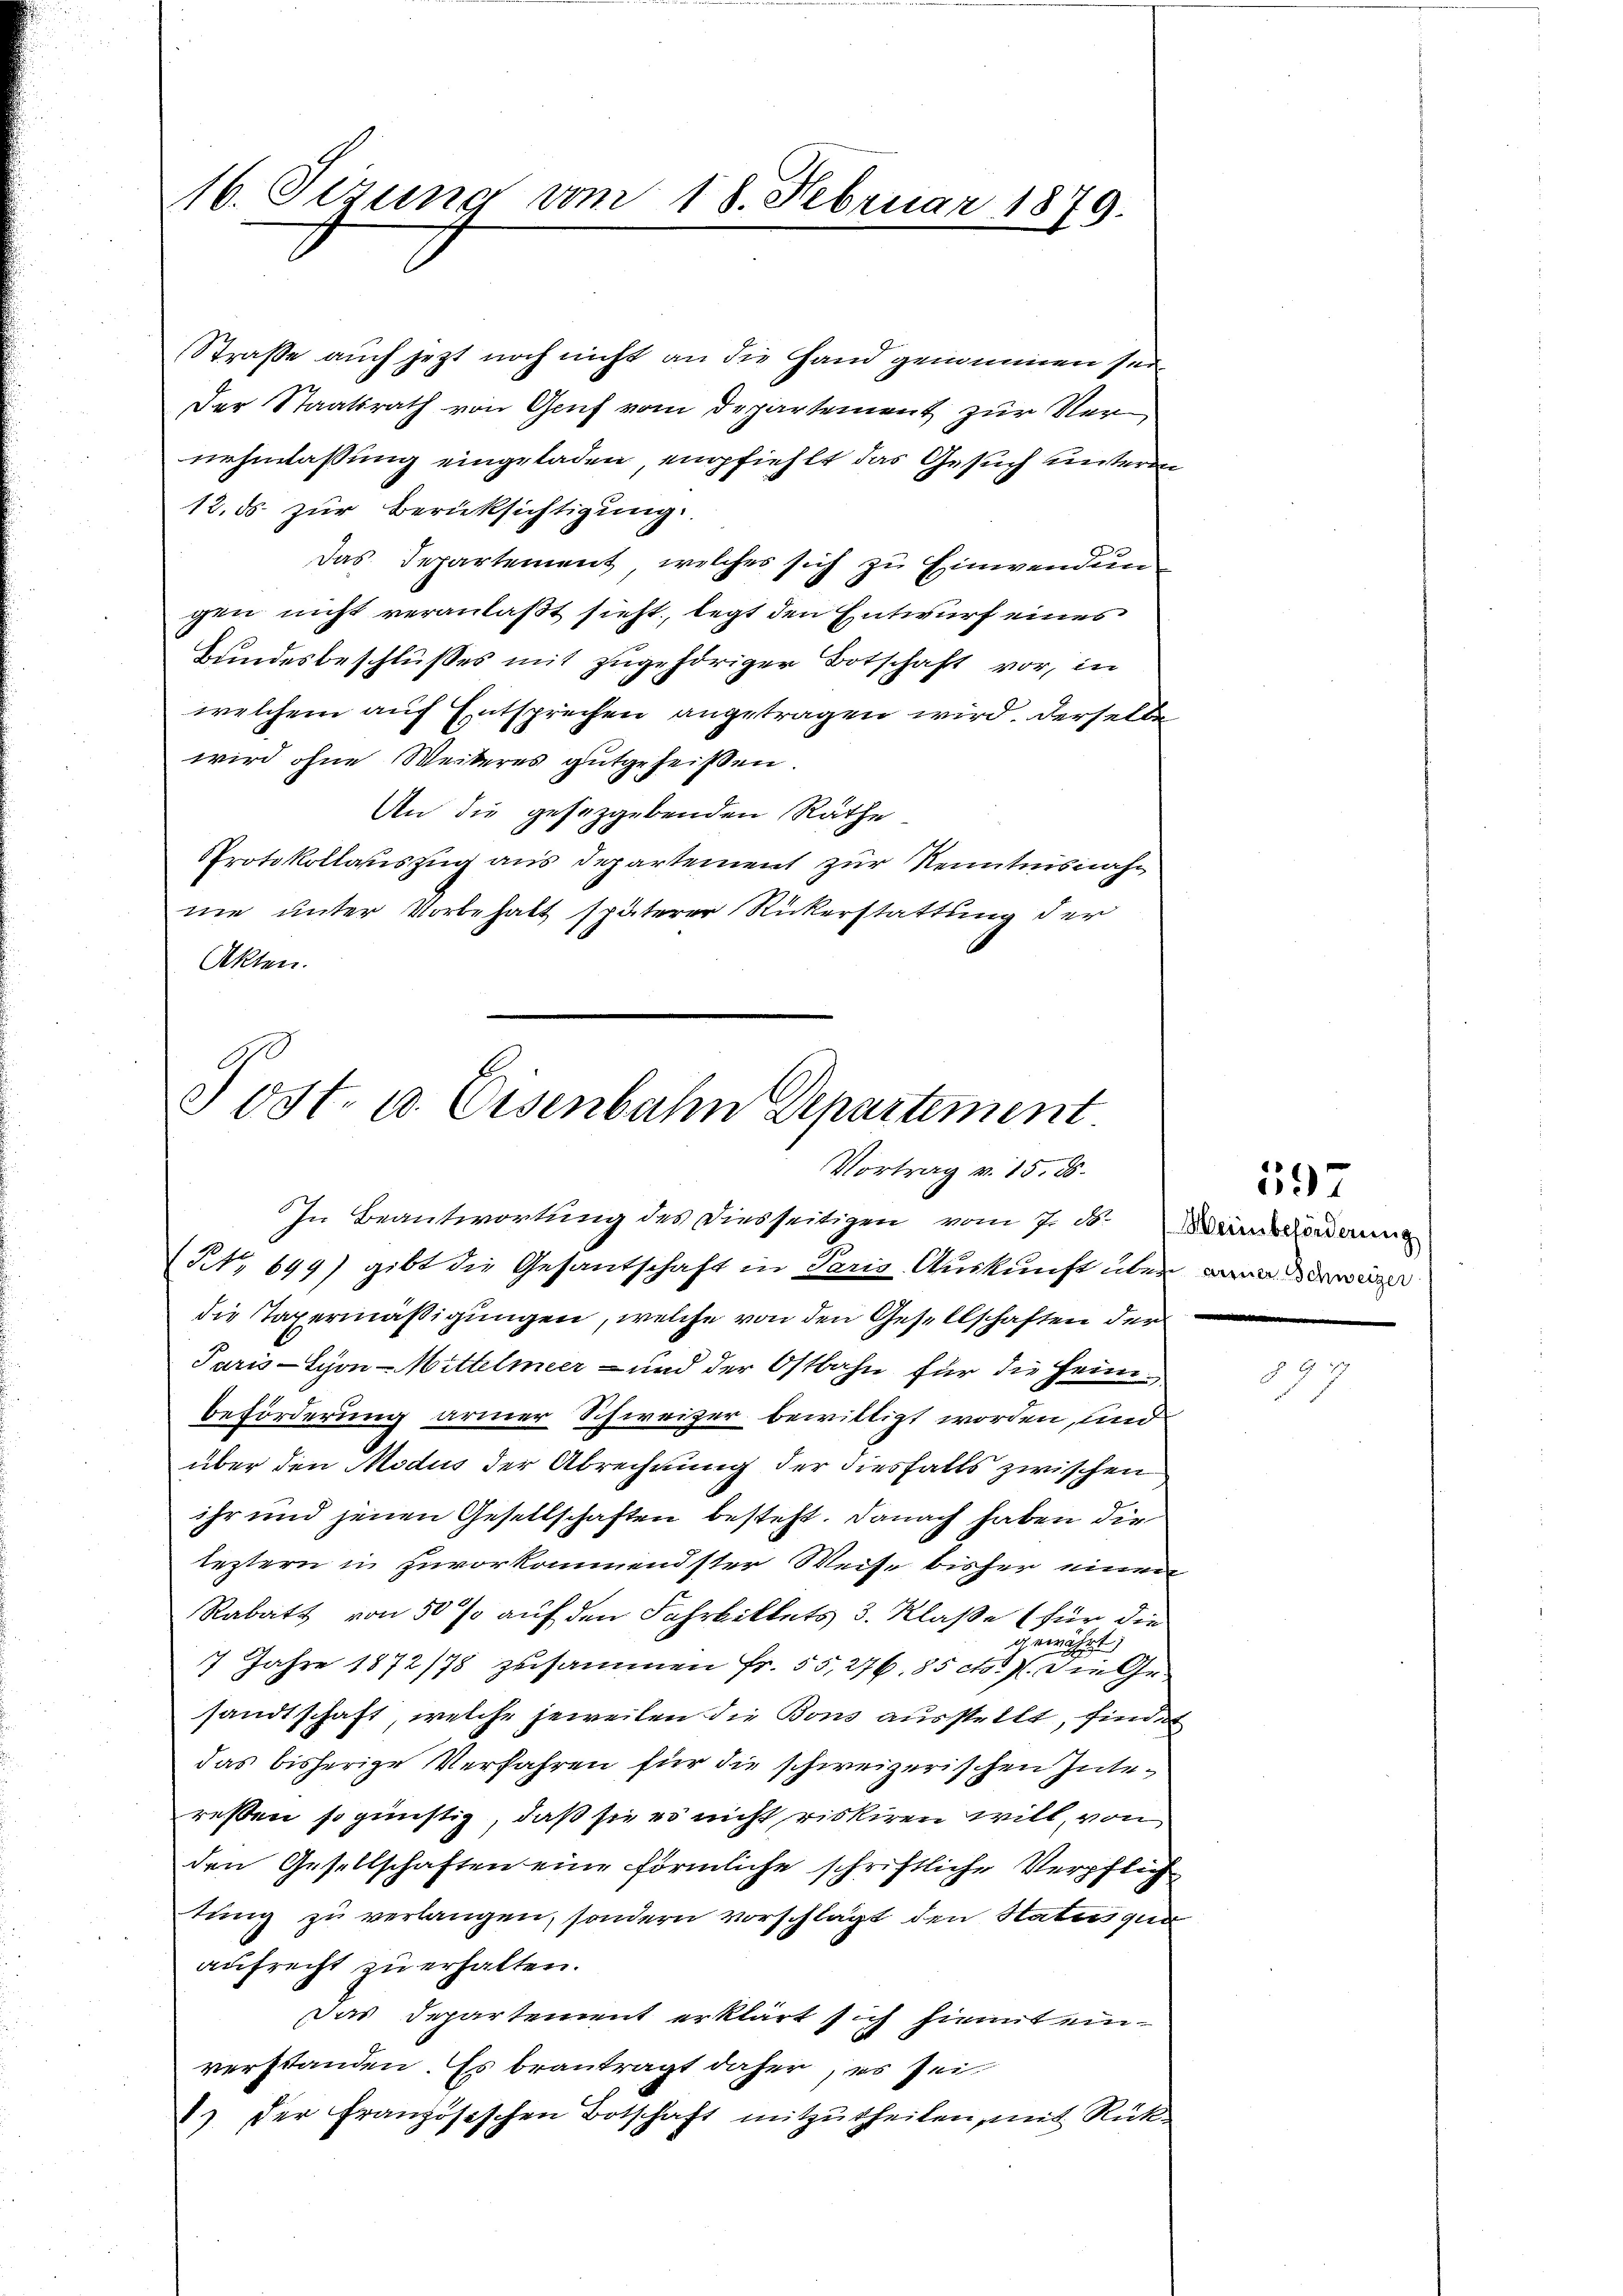
16. Sizung vom 18. Februar 1879.

Straße auch jezt noch nicht an die Hand genommen sein.
Der Staatsrath von Genf vom Departement zur Vernehmlassung eingeladen, empfiehlt das Gesuch untere
12. ds. zur Berücksichtigung.
Das Departement, welches sich zu Einwendun
gen nicht veranlaßt sieht, legt den Entwurf eines
Bundesbeschlußes mit zugehöriger Botschaft vor, in
welchem auf Entsprechen angetragen wird. Derselbe
wird ohne Weiteres gutgeheißen.
An die gesetzgebenden Rathe
Protokollauszug aus Departement zur Kenntnisnahne unter Vorbehalt späterer Rückerstattung der
Akten.

Post. u. Eisenbahn Departement
Vortrag v. 15. ds.
In Beantwortung des Diesseitigen vom 7. d. Mein orderung

No 699) gibt die Gesantschaft in Paris Auskunft über dann der war
die Tapermäßigungen, welche von den Gesellschaften der
Paris Schon - Mittelmeer- und der Ostbahn für die Heimbeförderung armer Schweizer bewilligt worden, und
über den Modus der Abrechnung der diesfalls zwischen
ihr und jenen Gesellschaften besteht. Danach haben die
leztern in zuvorkommendster Weise bisher einen
Rabatt von 50 % auf den Fahrbittets 3. Klaße (für die
gewährt,
7 Jahre 1872/78 zusammen Fr. 55,276. 85 c.) Die Gesandtschaft, welche jeweilen die Bons ausstellt, finder
das bisherige Verfahren für die schweizerischen Intereßten so günstig, daß sie es nicht riskiren will, von
den Gesellschaften eine förmliche schriftliche Verpflich
tung zu verlangen, sondern vorschlägt den Status que
aufrecht zu erhalten.
Das Departement erklärt sich hiemit einverstanden. Es beantragt daher, es sei
8) Der Französischen Botschaft mitzutheilen, mit Rück¬

597